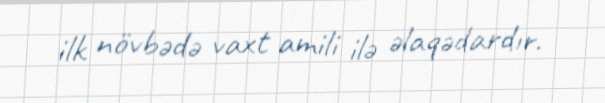
ilk növbədə vaxt amili ilə əlaqədardır.